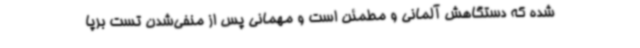
شده که دستگاهش آلمانی و مطمئن است و مهمانی پس از منفی‌شدن تست برپا